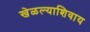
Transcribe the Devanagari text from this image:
खेळल्याशिवाय